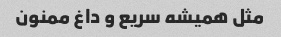
مثل همیشه سریع و داغ ممنون